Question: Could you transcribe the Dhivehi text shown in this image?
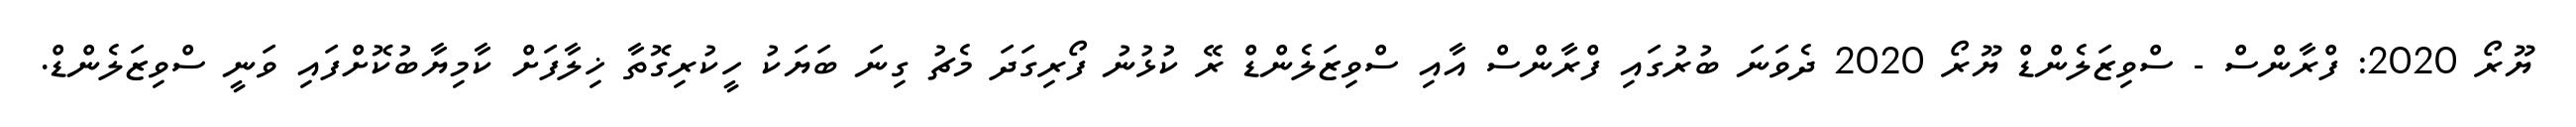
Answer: ޔޫރޯ 2020: ފްރާންސް - ސްވިޒަލެންޑް ޔޫރޯ 2020 ދެވަނަ ބުރުގައި ފްރާންސް އާއި ސްވިޒަލެންޑް ރޭ ކުޅުނު ފޯރިގަދަ މެޗު ގިނަ ބަޔަކު ހީކުރިގޮތާ ޚިލާފަށް ކާމިޔާބުކޮށްފައި ވަނީ ސްވިޒަލެންޑް.